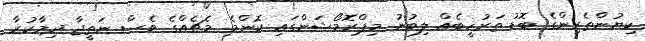
ކިޔުންތެރިންގެ ބޮޑު ތަރުހީބެއް ލިބުނު މިޕްރޮމޯޝަންގައި ކޮންމެ މެޗެއްގެ ވެސް ނަތީޖާ ދިމާކުރާ